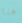
هنا